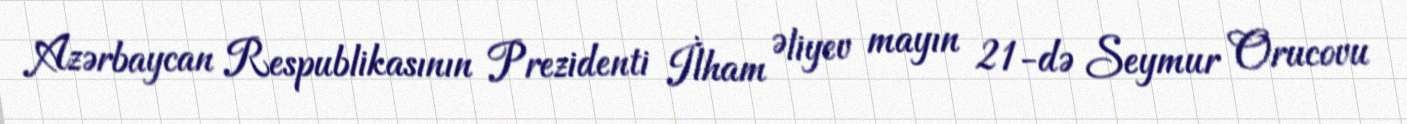
Azərbaycan Respublikasının Prezidenti İlham Əliyev mayın 21-də Seymur Orucovu